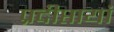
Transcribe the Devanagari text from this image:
प्रदीप्तायां